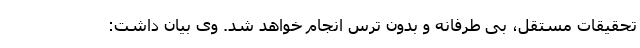
تحقیقات مستقل، بی طرفانه و بدون ترس انجام خواهد شد. وی بیان داشت: